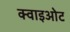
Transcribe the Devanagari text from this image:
क्वाइओट